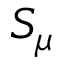
S _ { \mu }